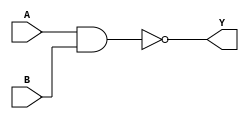
`default_nettype none

module tholin_nand_scaled(
`ifdef USE_POWER_PINS
	inout vccd1,
	inout vssd1,
`endif
	input A,
	input B,
	output Y
);

assign Y = ~(A & B);

endmodule